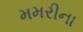
મમરીના